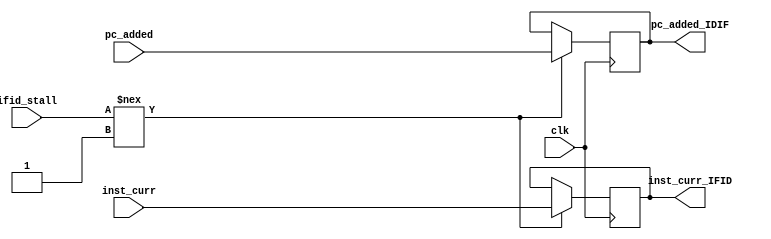
//instruction fetch stage
module if_id(clk, inst_curr, pc_added, inst_curr_IFID, pc_added_IDIF, ifid_stall);
    input[15:0] inst_curr , pc_added;
    input clk;
    input ifid_stall;
    output [15:0] inst_curr_IFID , pc_added_IDIF;
    reg [15:0] test;
    reg [15:0] pc_added_temp;
    reg try;
    wire stall_temp;
    assign stall_temp = ifid_stall;
    always @ (posedge clk)
      begin
        //get instruction
        try = 0;
        if(stall_temp!==1'b1) begin
          try=1; 
          test <= inst_curr;
          pc_added_temp <= pc_added;
        /*pc_added_IFID <= pc_added;*/
        end
      end
    assign inst_curr_IFID = test; 
    assign pc_added_IDIF = pc_added_temp;

endmodule